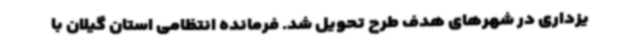
یزداری در شهرهای هدف طرح تحویل شد. فرمانده انتظامی استان گیلان با